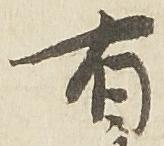
有